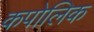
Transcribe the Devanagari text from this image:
कपोलिक